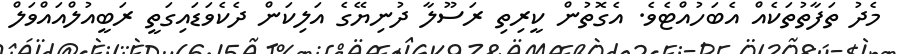
މެދު ތަފާތުތަކެއް އެބަހުއްޓެވެ. އެގޮތުން ކީރިތި ރަސޫލާ ދުނިޔޭގެ އަލިކަން ދެކެވަޑައިގަތީ ރަބީއުލްއައްވަލް